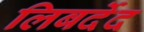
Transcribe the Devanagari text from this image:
लिबर्देद